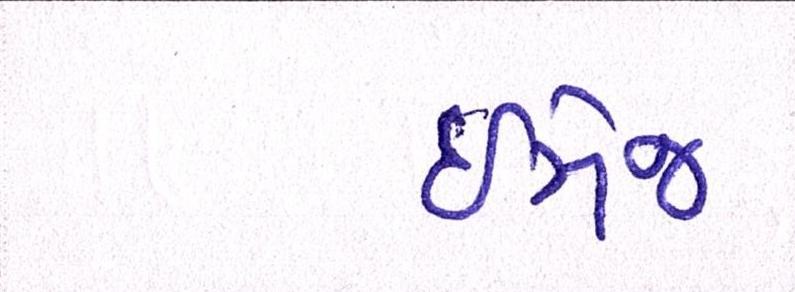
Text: ઇમેજ